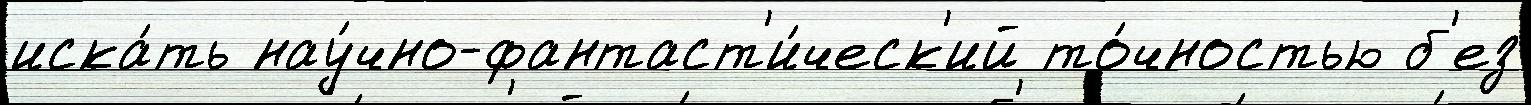
иска́ть нау́чно-фантаст'и́ческ'ий то́чностью б'ез